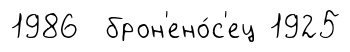
1986 брон'ено́с'ец 1925